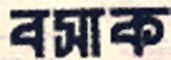
বসাক